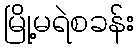
မြို့မရဲစခန်း